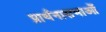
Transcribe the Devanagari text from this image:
प्रार्थनासभाओं